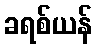
ခရစ်ယန်